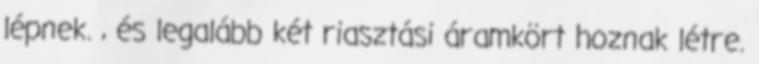
lépnek. , és legalább két riasztási áramkört hoznak létre.